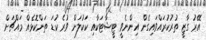
އޭރު ގާޒީ ތުރުކުރައްވައިގެން އިންނެވީ ޓީޝާޓަކާއި ކަކުލަށް ވުރެ ކުޑަ ތަންކޮޅެއް މައްޗަށް